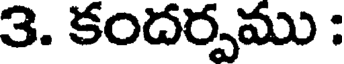
3. కందర్పము :